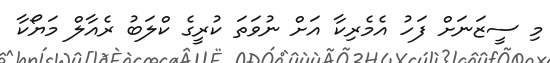
މި ސީޒަނަށް ފަހު އެމެރިކާ އަށް ނުވަތަ ކުރީގެ ކްލަބު ރެއާލް މަޔޯކާ